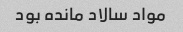
مواد سالاد مانده بود